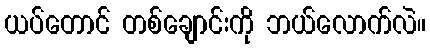
ယပ်တောင် တစ်ချောင်းကို ဘယ်လောက်လဲ။